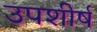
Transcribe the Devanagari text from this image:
उपशीर्ष